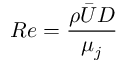
R e = \frac { \rho \bar { U } D } { \mu _ { j } }